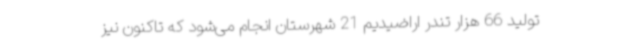
تولید 66 هزار تندر اراضیدیم 21 شهرستان انجام می‌شود که تاکنون نیز